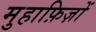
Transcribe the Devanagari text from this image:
मुहाफ़िज़ों